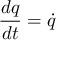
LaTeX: { \frac { d q } { d t } } = { \dot { q } }